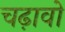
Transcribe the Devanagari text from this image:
चढ़ावो